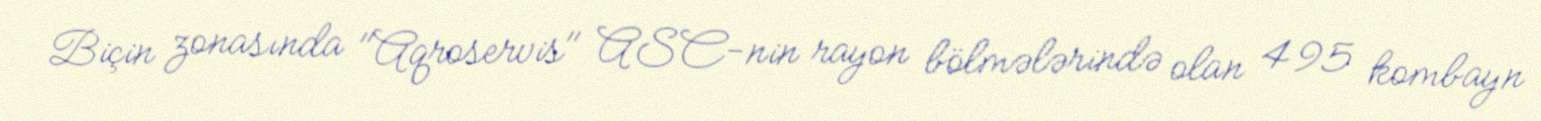
Biçin zonasında "Aqroservis" ASC-nin rayon bölmələrində olan 495 kombayn